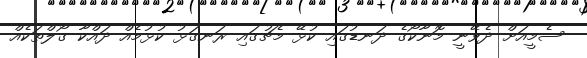
ސެމީއަށް ދެވޭނީ މޮނާކޯގެ ދަނޑުގައި ކުޅޭ މެޗުގައި ރަނގަޅު ކުޅުމެއް ދައްކާ ގޯލްތަކެއް